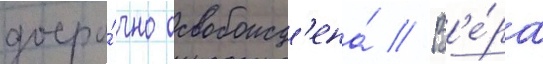
досро́чно освобожд'ена́ // В'е́ра